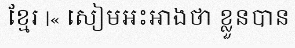
ខ្មែរ |« សៀមអះអាងថា ខ្លួនបាន